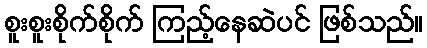
စူးစူးစိုက်စိုက် ကြည့်နေဆဲပင် ဖြစ်သည်။